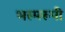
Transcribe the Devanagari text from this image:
भस्मरूपी